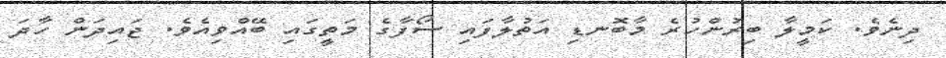
ދިނެވެ. ކަމީލާ ބިރުންހުރެ މާބޮނޑި އަތުލާފައި ސޯފާގެ މަތީގައި ބޭއްވިއެވެ. ޖައިދަން ހާދަ